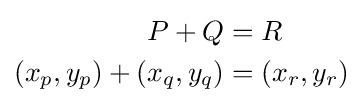
{\begin{aligned}P+Q&=R\\(x_{p},y_{p})+(x_{q},y_{q})&=(x_{r},y_{r})\end{aligned}}